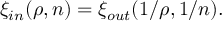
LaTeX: \xi _ { \small i n } ( \rho , n ) = \xi _ { \small o u t } ( 1 / \rho , 1 / n ) .